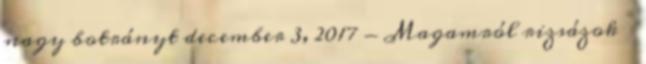
nagy botrányt december 3, 2017 - Magamról rizsázok